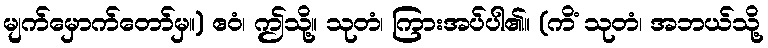
မျက်မှောက်တော်မှ။) ဧဝံ၊ ဤသို့။ သုတံ၊ ကြားအပ်ပါ၏။ (ကိံ သုတံ၊ အဘယ်သို့